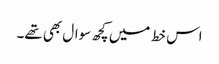
اس خط میں کچھ سوال بھی تھے۔